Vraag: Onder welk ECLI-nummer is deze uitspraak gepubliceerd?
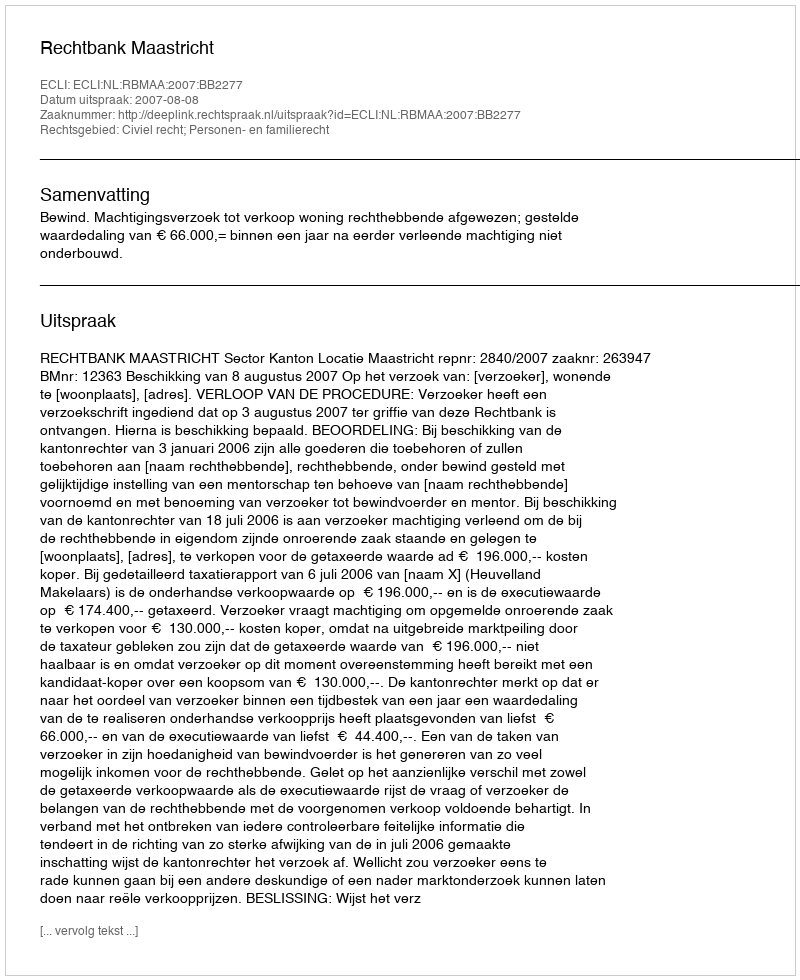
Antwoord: ECLI:NL:RBMAA:2007:BB2277